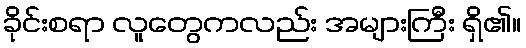
ခိုင်းစရာ လူတွေကလည်း အများကြီး ရှိ၏။